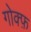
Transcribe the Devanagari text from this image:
गोक्फ़